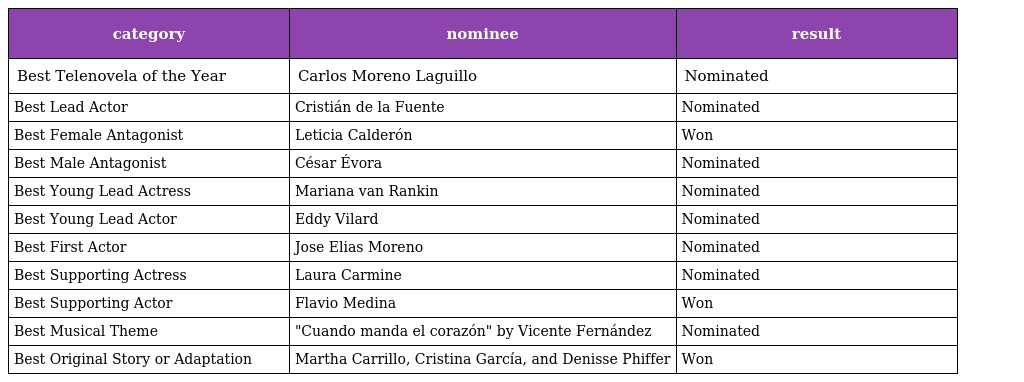
| category | nominee | result |
 | --- | --- | --- |
 | Best Telenovela of the Year | Carlos Moreno Laguillo | Nominated |
 | Best Lead Actor | Cristián de la Fuente | Nominated |
 | Best Female Antagonist | Leticia Calderón | Won |
 | Best Male Antagonist | César Évora | Nominated |
 | Best Young Lead Actress | Mariana van Rankin | Nominated |
 | Best Young Lead Actor | Eddy Vilard | Nominated |
 | Best First Actor | Jose Elias Moreno | Nominated |
 | Best Supporting Actress | Laura Carmine | Nominated |
 | Best Supporting Actor | Flavio Medina | Won |
 | Best Musical Theme | "Cuando manda el corazón" by Vicente Fernández | Nominated |
 | Best Original Story or Adaptation | Martha Carrillo, Cristina García, and Denisse Phiffer | Won |